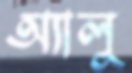
অ্যালু